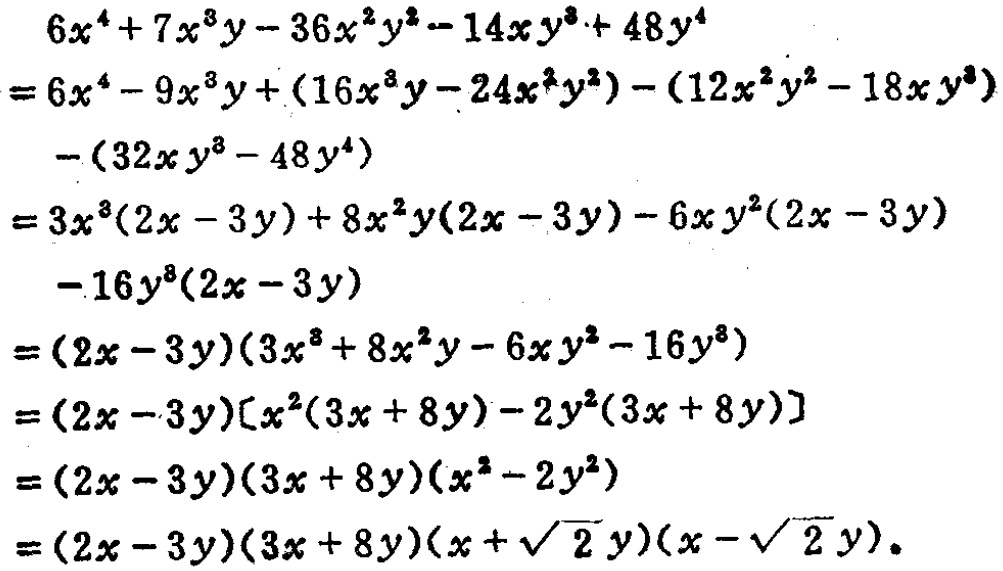
\begin{align*}
&6x^{4}+7x^{3}y - 36x^{2}y^{2}-14xy^{3}+48y^{4}\\
=&6x^{4}-9x^{3}y+(16x^{3}y - 24x^{2}y^{2})-(12x^{2}y^{2}-18xy^{3})-(32xy^{3}-48y^{4})\\
=&3x^{3}(2x - 3y)+8x^{2}y(2x - 3y)-6xy^{2}(2x - 3y)-16y^{3}(2x - 3y)\\
=&(2x - 3y)(3x^{3}+8x^{2}y - 6xy^{2}-16y^{3})\\
=&(2x - 3y)[x^{2}(3x + 8y)-2y^{2}(3x + 8y)]\\
=&(2x - 3y)(3x + 8y)(x^{2}-2y^{2})\\
=&(2x - 3y)(3x + 8y)(x+\sqrt{2}y)(x - \sqrt{2}y).
\end{align*}